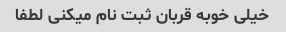
خیلی خوبه قربان ثبت نام میکنی لطفا